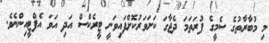
މި މުބާރާތުގެ ސެމީގެ ފުރަތަމަ ދެޖާގަ ކަށަވަރުކޮށްފައިވަނީ ޓީރެކްސް އަދި އަވަ އެފްޓީއިންނެވެ.